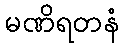
မဏိရတနံ